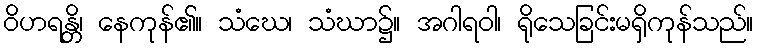
ဝိဟရန္တိ၊ နေကုန်၏။ သံဃေ၊ သံဃာ၌။ အဂါရဝါ၊ ရိုသေခြင်းမရှိကုန်သည်။